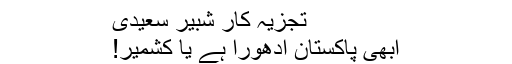
تجزیہ کار شبیر سعیدی
ابھی پاکستان ادھورا ہے یا کشمیر!